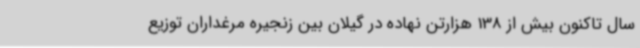
سال تاکنون بیش از 138 هزارتن نهاده در گیلان بین زنجیره مرغداران توزیع